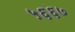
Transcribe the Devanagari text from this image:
५६६७